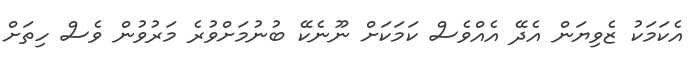
އެކަމަކު ޒެވިޔަން އެދޭ އެއްވެސް ކަމަކަށް ނޫނެކޭ ބުނުމަށްވުރެ މަރުވުން ވެސް ހިތަށް